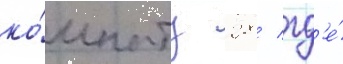
ко́мнату 28 / гд'е́